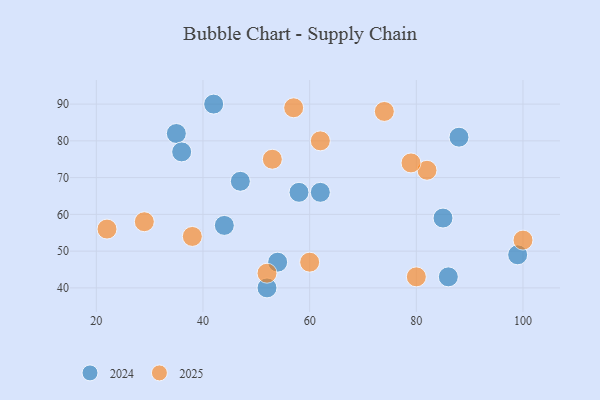
{"axis": {"x": "GDP", "y": "Life Expectancy"}, "legend": ["2024", "2025"], "data": [{"x": "47", "y": 69, "type": "2024"}, {"x": "58", "y": 66, "type": "2024"}, {"x": "54", "y": 47, "type": "2024"}, {"x": "42", "y": 90, "type": "2024"}, {"x": "85", "y": 59, "type": "2024"}, {"x": "35", "y": 82, "type": "2024"}, {"x": "44", "y": 57, "type": "2024"}, {"x": "36", "y": 77, "type": "2024"}, {"x": "62", "y": 66, "type": "2024"}, {"x": "88", "y": 81, "type": "2024"}, {"x": "86", "y": 43, "type": "2024"}, {"x": "52", "y": 40, "type": "2024"}, {"x": "99", "y": 49, "type": "2024"}, {"x": "62", "y": 80, "type": "2025"}, {"x": "74", "y": 88, "type": "2025"}, {"x": "82", "y": 72, "type": "2025"}, {"x": "29", "y": 58, "type": "2025"}, {"x": "38", "y": 54, "type": "2025"}, {"x": "52", "y": 44, "type": "2025"}, {"x": "22", "y": 56, "type": "2025"}, {"x": "80", "y": 43, "type": "2025"}, {"x": "57", "y": 89, "type": "2025"}, {"x": "60", "y": 47, "type": "2025"}, {"x": "79", "y": 74, "type": "2025"}, {"x": "100", "y": 53, "type": "2025"}, {"x": "53", "y": 75, "type": "2025"}]}